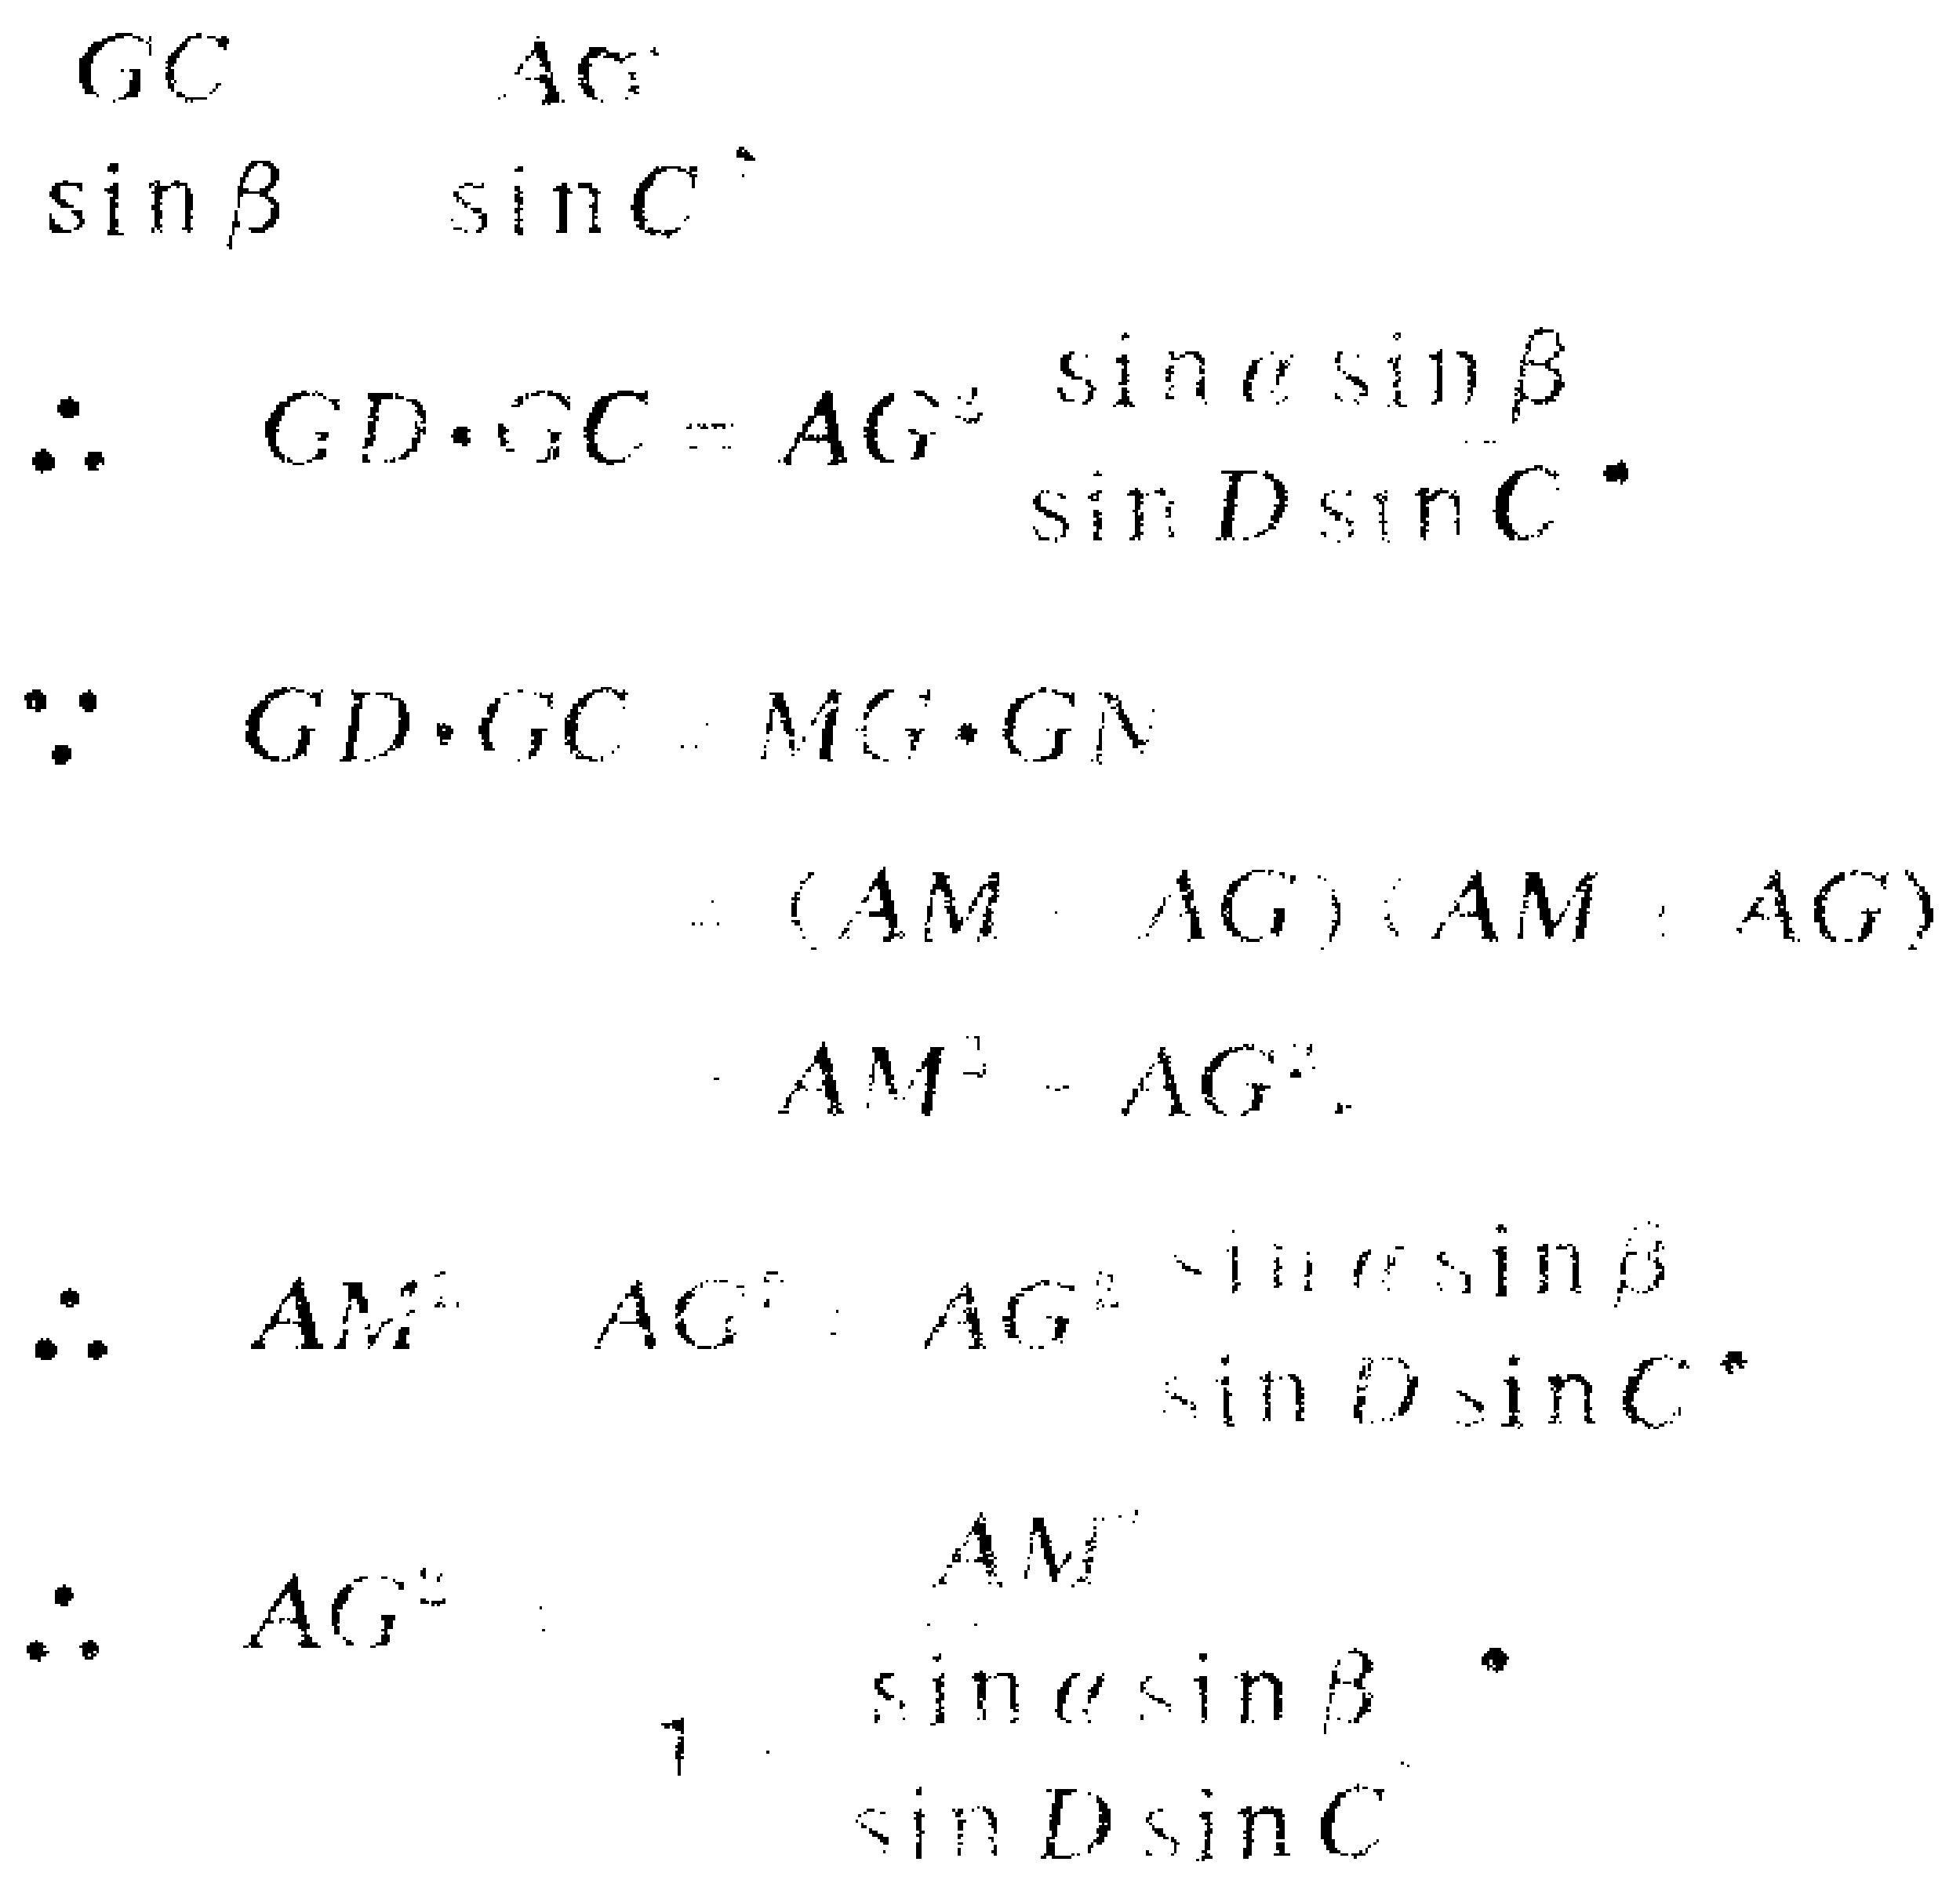
\[

\begin{align*}

&\frac{GC}{\sin\beta}=\frac{AG}{\sin C}\\

&\therefore GD\cdot GC = AG^{2}\frac{\sin\alpha\sin\beta}{\sin D\sin C}\\

&\because GD\cdot GC=MG\cdot GN\\

&=(AM - AG)(AM + AG)\\

&=AM^{2}-AG^{2}\\

&\therefore AM^{2}-AG^{2}=AG^{2}\frac{\sin\alpha\sin\beta}{\sin D\sin C}\\

&\therefore AG^{2}=\frac{AM^{2}}{1 + \frac{\sin\alpha\sin\beta}{\sin D\sin C}}

\end{align*}

\]